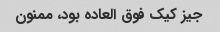
جیز کیک فوق العاده بود، ممنون